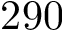
2 9 0